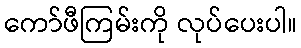
ကော်ဖီကြမ်းကို လုပ်ပေးပါ။